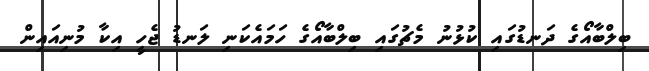
ބިލްބާއޯގެ ދަނޑުގައި ކުޅުނު މެޗުގައި ބިލްބާއޯގެ ހަމައެކަނި ލަނޑު ޖެހީ އިކާ މުނިއައިން